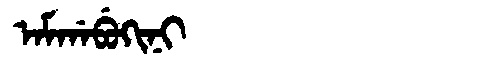
Manchu: ᠠᠮᡤᠠᠪᡠᡴᡳᠨᡳ
Romanization: AMGABUKINI